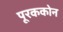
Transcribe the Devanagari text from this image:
पूरककोन